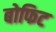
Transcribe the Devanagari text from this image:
बोफिट